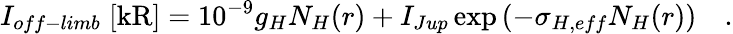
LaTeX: I_{off-limb}\; [\mathrm{kR}]=10^{-9}g_{H}N_{H}(r)+I_{Jup}\exp\left(-\sigma_{H,eff}N_{H}(r)\right)\quad.